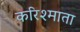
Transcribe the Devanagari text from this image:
करिश्माता